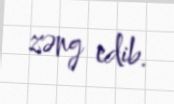
zəng edib.